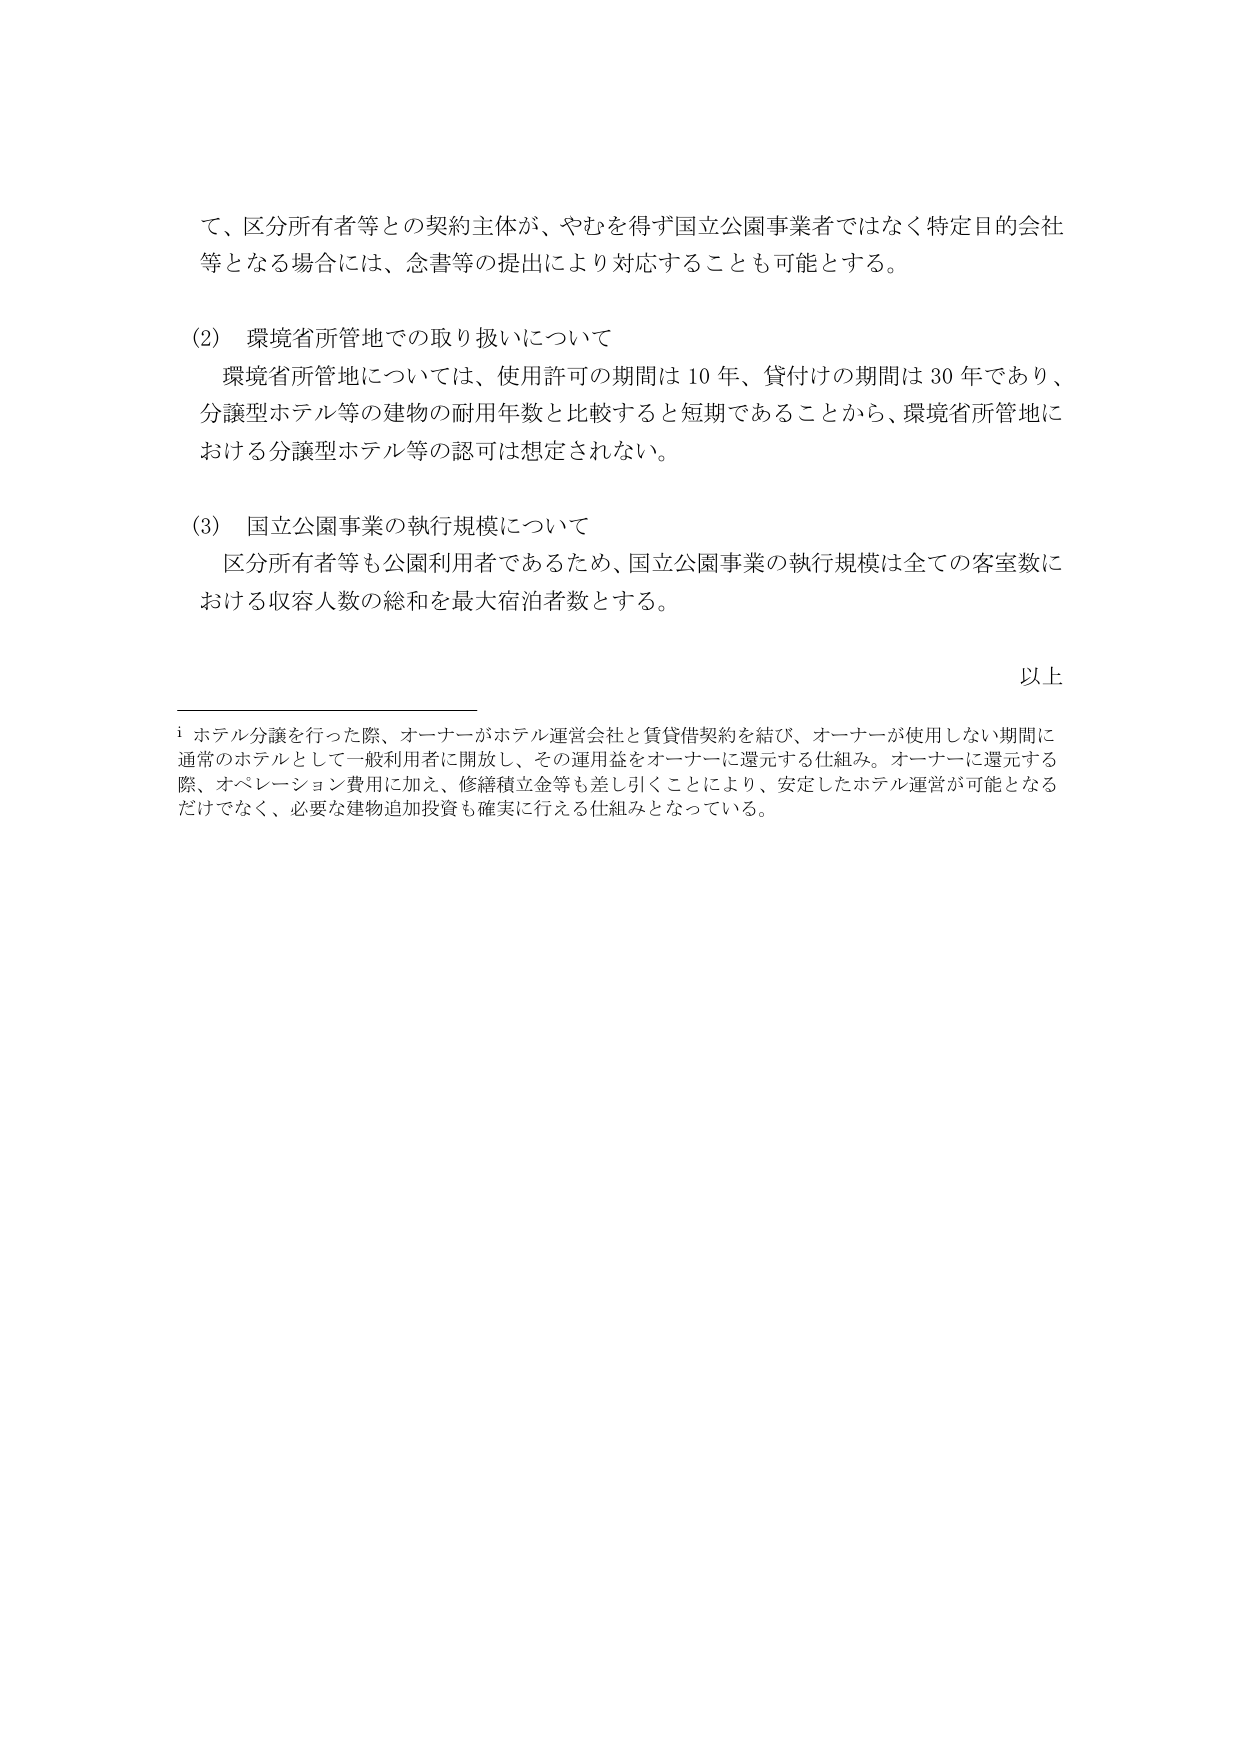
て、区分所有者等との契約主体が、やむを得ず国立公園事業者ではなく特定目的会社等となる場合には、念書等の提出により対応することも可能とする。

(2) 環境省所管地での取り扱いについて
環境省所管地については、使用許可の期間は10年、貸付けの期間は30年であり、分譲型ホテル等の建物の耐用年数と比較すると短期であることから、環境省所管地における分譲型ホテル等の認可是想定されない。

(3) 国立公園事業の執行規模について
区分所有者等も公園利用者であるため、国立公園事業の執行規模は全ての客室数における収容人数の総和を最大宿泊者数とする。

以上

i ホテル分譲を行った際、オーナーがホテル運営会社と賃貸借契約を結び、オーナーが使用しない期間に通常のホテルとして一般利用者に開放し、その運用益をオーナーに還元する仕組み。オーナーに還元する際、オペレーション費用に加え、修繕積立金等も差し引くことにより、安定したホテル運営が可能となるだけでなく、必要な建物追加投資も確実に行える仕組みとなっている。